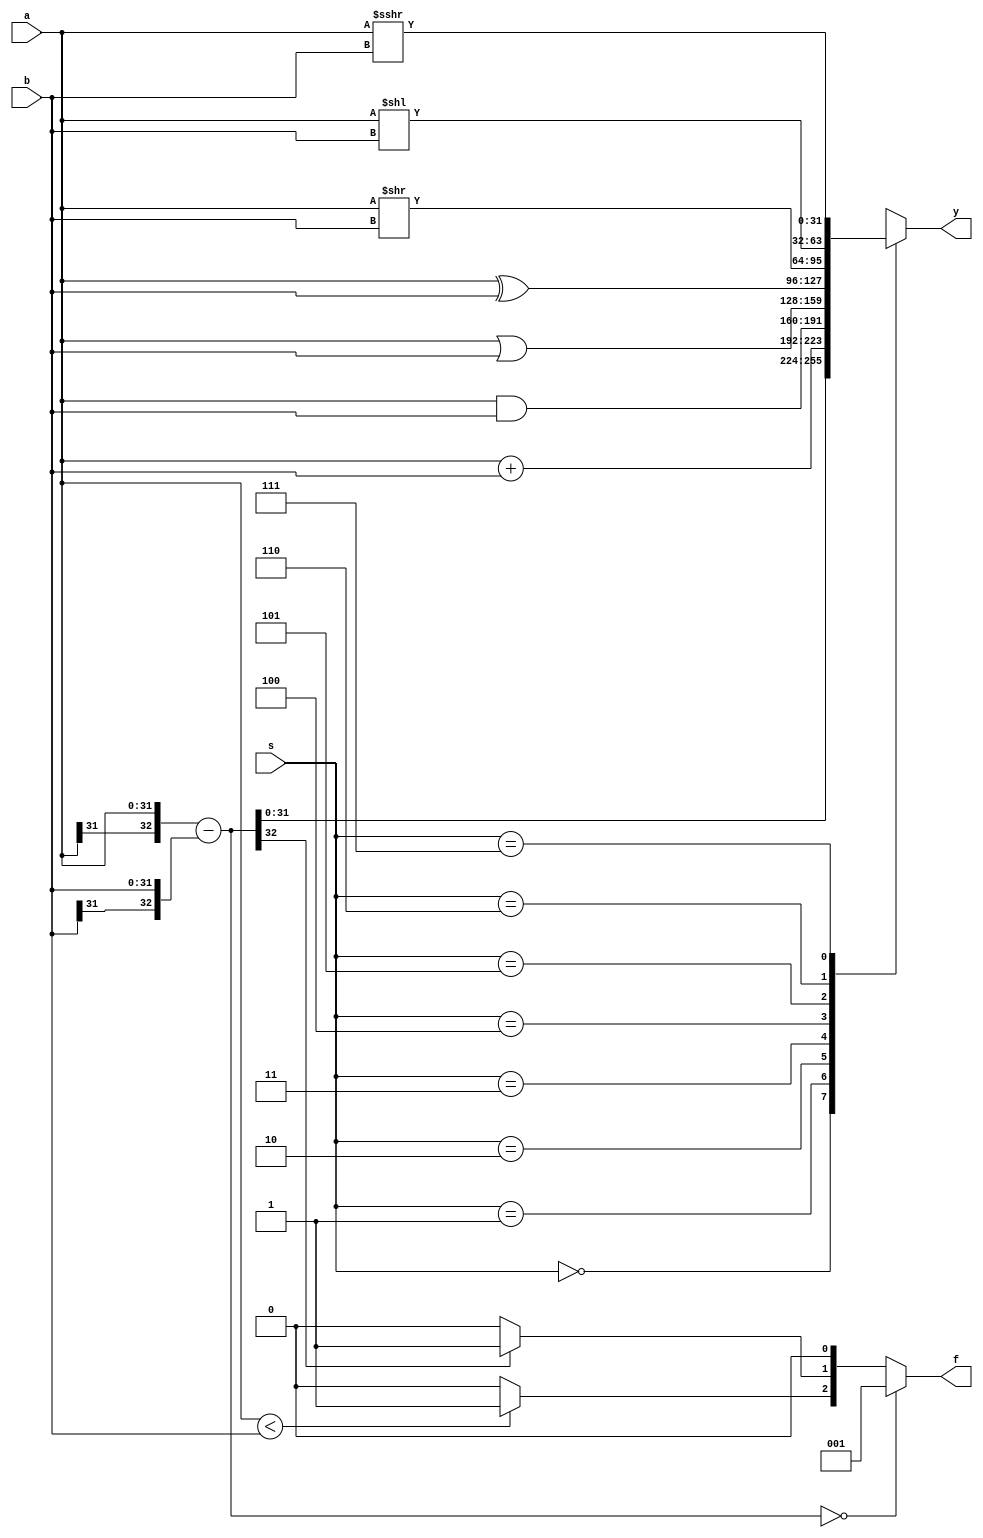
`timescale 1ns / 1ps
//////////////////////////////////////////////////////////////////////////////////
// Company: 
// Engineer: 
// 
// Design Name: 
// Module Name: alu
// Project Name: 
// Target Devices: 
// Tool Versions: 
// Description: 
// 
// Dependencies: 
// 
// Revision:
// Revision 0.01 - File Created
// Additional Comments:
// 
//////////////////////////////////////////////////////////////////////////////////


module alu 
#(parameter WIDTH = 32     )
(
input [WIDTH-1 : 0] a, b,       
input [2:0] s,                      
output reg [WIDTH-1 : 0] y,     
output reg [2:0] f                     
);
reg [WIDTH : 0] z;
always @(*)
begin
    f = 0;
    z = {a[WIDTH-1],a} - {b[WIDTH-1],b};
        if(z[WIDTH] == 0)f[1] = 0;
        else 
            begin 
            f[1] = 1;
            f[0] =0;
            end
        if(a < b)
            begin 
            f[2] = 1;
            f[0] = 0;
            end
        else f[2] = 0;
        if(z == 0)f = 1;
    case(s)
        0: y = z[WIDTH-1 : 0];
        1: y = a + b;
        2: y = a & b;
        3: y = a | b;
        4: y = a ^ b;
        5: y = a >> b;
        6: y = a << b;
        7: y = $signed(a) >>> b;
    endcase
end
endmodule